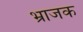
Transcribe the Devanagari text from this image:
भ्राजक